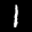
Label: 1